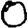
Digit: 0